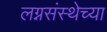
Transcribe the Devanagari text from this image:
लग्नसंस्थेच्या